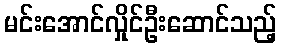
မင်းအောင်လှိုင်ဦးဆောင်သည့်